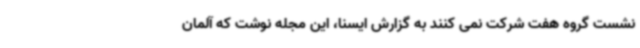
نشست گروه هفت شرکت نمی کنند به گزارش ایسنا، این مجله نوشت که آلمان